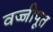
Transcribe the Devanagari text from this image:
वज्जीपूत